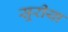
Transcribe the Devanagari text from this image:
सूरीया